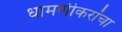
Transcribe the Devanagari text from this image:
धामणीकरांचा